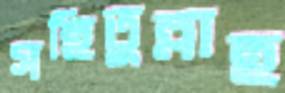
সহিতুল্লাহ